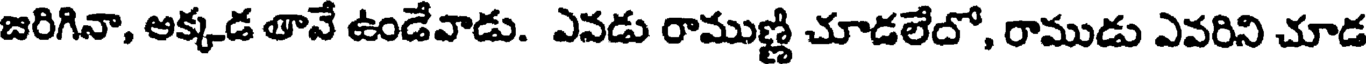
జరిగినా, అక్కడ తావే ఉండేవాడు. ఎవడు రాముణ్ణి చూడలేదో, రాముడు ఎవరిని చూడ